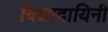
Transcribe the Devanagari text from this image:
विद्यादायिनी